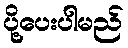
ပို့ပေးပါမည်